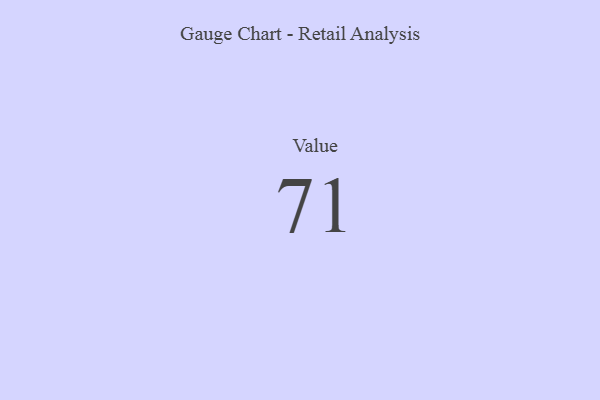
{"axis": {"x": "Metric", "y": "Value"}, "legend": [""], "data": [{"x": "Value", "y": 71, "type": ""}]}